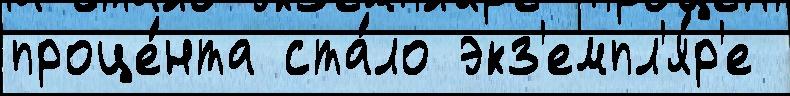
проце́нта ста́ло экз'емпл'я́р'е